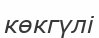
көкгүлі